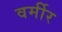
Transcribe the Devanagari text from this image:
वर्मीर